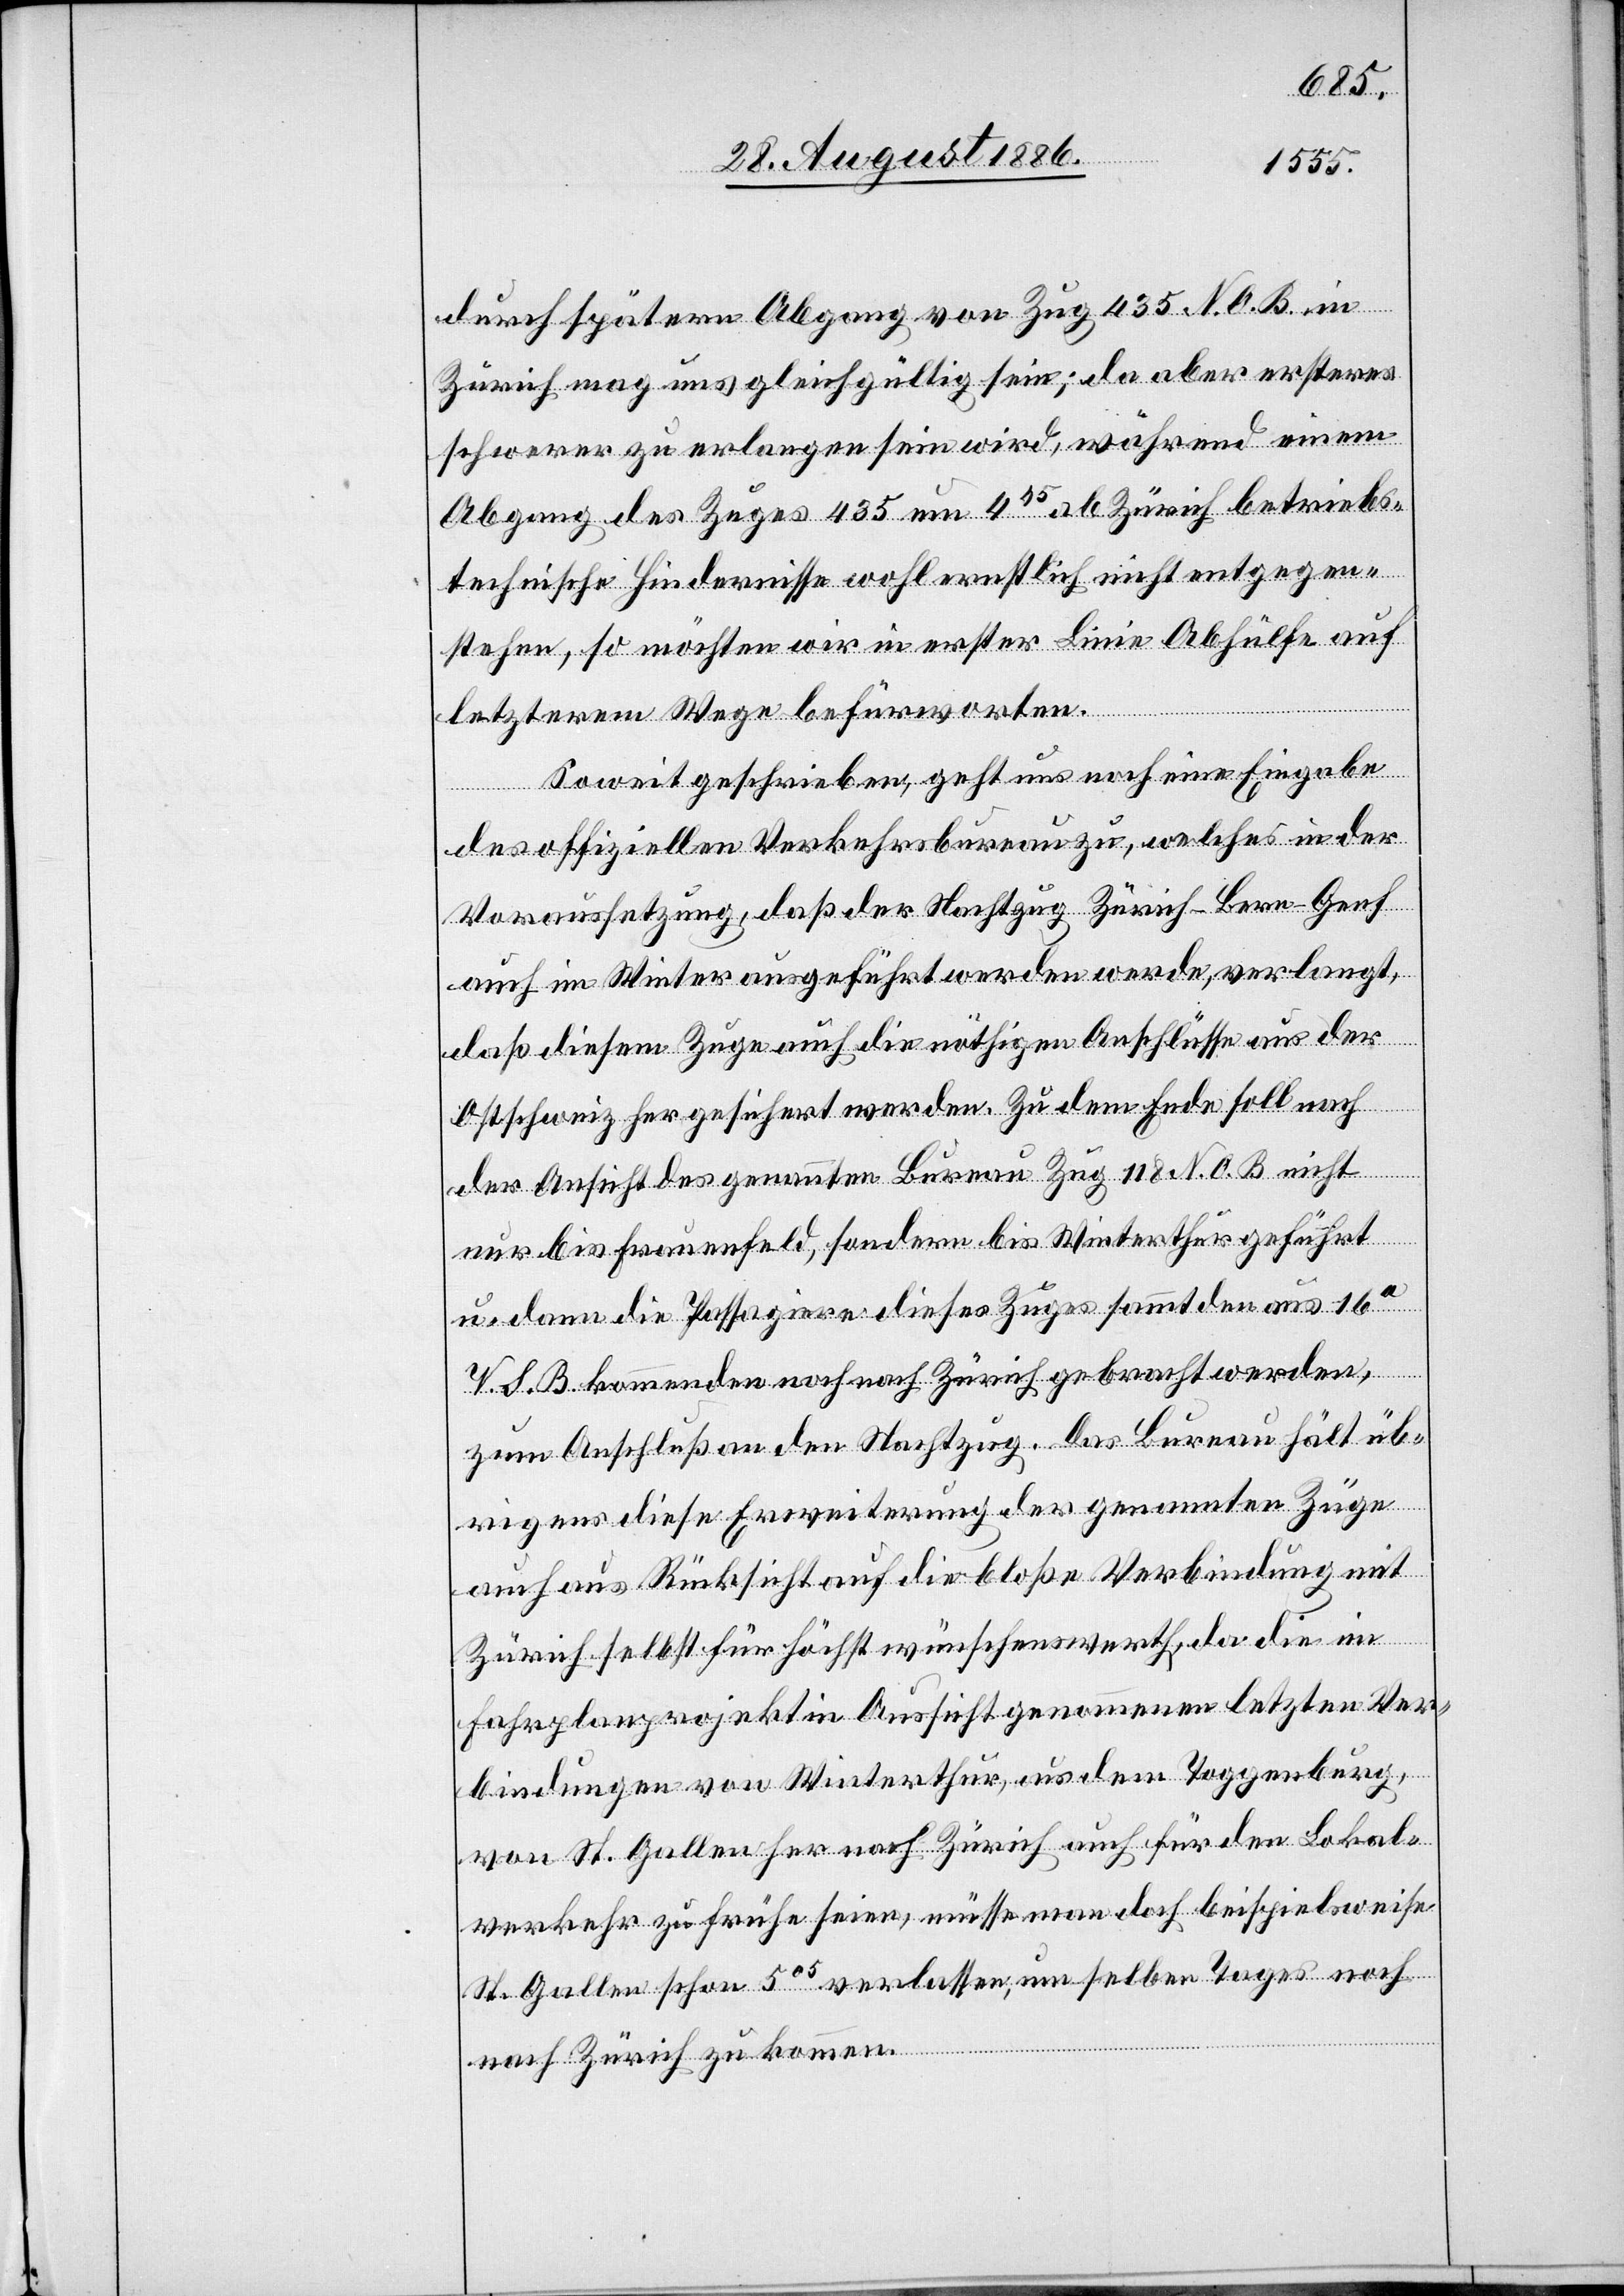
durch späteren Abgang von Zug 435 N. O. B. in
Zürich mag uns gleichgültig sein; da aber ersteres
schwerer zu erlangen sein wird, während einem
Abgang des Zuges 435 um 445 ab Zürich betriebs¬
technische Hindernisse wohl ernstlich nicht entgegen
stehen, so möchten wir in erster Linie Abhülfe auf
letzterem Wege befürworten.
Soweit geschrieben, geht uns noch eine Eingabe
des offiziellen Verkehrsbureau zu, welches in der
Voraussetzung, daß der Nachtzug Zürich–Bern–Genf
auch im Winter ausgeführt werden werde, verlangt,
daß diesem Zuge auch die nöthigen Anschlüsse aus der
Ostschweiz her gesichert werden. Zu dem Ende soll nach
der Ansicht des genannten Bureau Zug 118 N. O. B. nicht
nur bis Frauenfeld, sondern bis Winterthur geführt
u. dann die Passagiere dieses Zuges sammt den aus 16a
V. S. B. kommenden noch nach Zürich gebracht werden,
zum Anschluß an den Nachtzug. Das Bureau hält üb¬
rigens diese Erweiterung der genannten Züge
auch aus Rücksicht auf die bloße Verbindung mit
Zürich selbst für höchst wünschenswerth, da die im
Fahrplanprojekte in Aussicht genommenen letzten Ver¬
bindungen von Winterthur, aus dem Toggenburg,
von St. Gallen her nach Zürich auch für den Lokal¬
verkehr zu frühe seien, müsse man doch beispielsweise
St. Gallen schon 505 verlassen, um selben Tages noch
nach Zürich zu kommen.